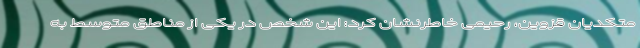
متکدیان قزوین، رحیمی خاطرنشان کرد: این شخص در یکی از مناطق متوسط به